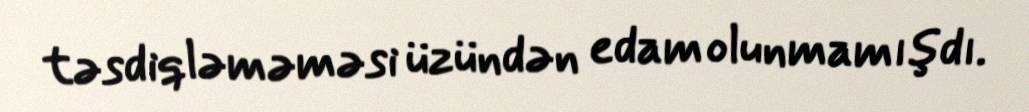
təsdiqləməməsi üzündən edam olunmamışdı.